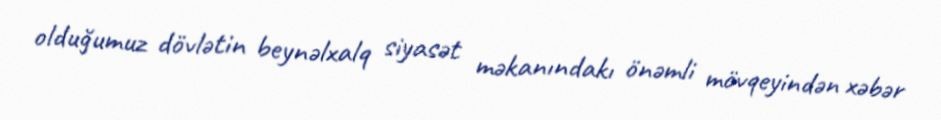
olduğumuz dövlətin beynəlxalq siyasət məkanındakı önəmli mövqeyindən xəbər